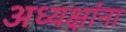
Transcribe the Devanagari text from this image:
अध्यक्षांना